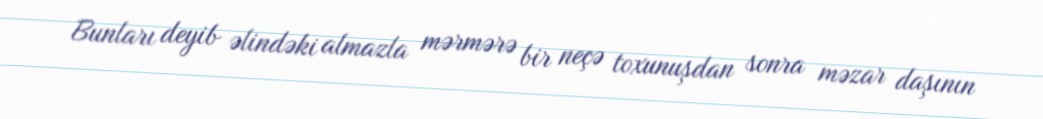
Bunları deyib əlindəki almazla mərmərə bir neçə toxunuşdan sonra məzar daşının